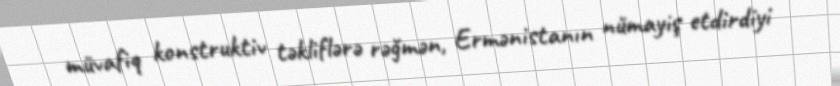
müvafiq konstruktiv təkliflərə rəğmən, Ermənistanın nümayiş etdirdiyi